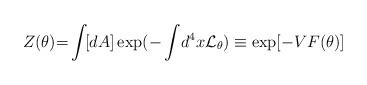
LaTeX: \begin{align*}Z(\theta) {=} \int\! [dA] \exp ( {-} \int\! d^4 x {\cal L}_\theta )\equiv \exp[ - V F(\theta) ]\end{align*}